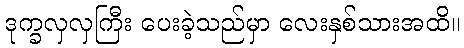
ဒုက္ခလှလှကြီး ပေးခဲ့သည်မှာ လေးနှစ်သားအထိ။